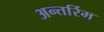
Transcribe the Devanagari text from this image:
अन्तर्रिम